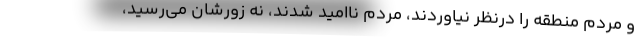
و مردم منطقه را درنظر نياوردند، مردم نااميد شدند، نه زورشان مي‌رسيد،